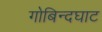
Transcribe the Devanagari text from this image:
गोबिन्दघाट